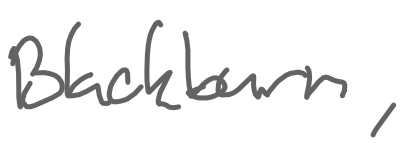
Text: Blackburn,
Cross-out: clean
Writing tool: digital_gray